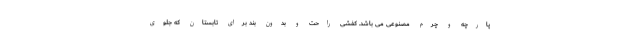
پارچه و چرم مصنوعی می باشد. کفشی راحت و بدون بند برای تابستان که جلوی